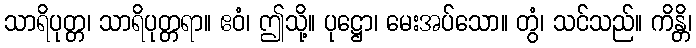
သာရိပုတ္တ၊ သာရိပုတ္တရာ။ ဧဝံ၊ ဤသို့။ ပုဋ္ဌော၊ မေးအပ်သော။ တွံ၊ သင်သည်။ ကိန္တိ၊